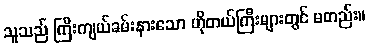
သူသည် ကြီးကျယ်ခမ်းနားသော ဟိုတယ်ကြီးများတွင် မတည်း။